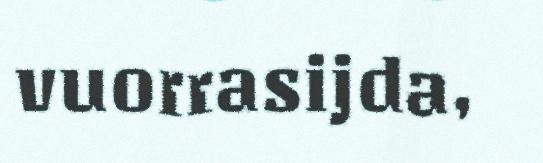
vuorrasijda,